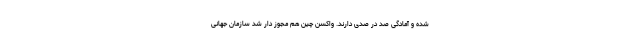
شده و آمادگی صد در صدی دارند. واکسن چین هم مجوز دار شد سازمان جهانی